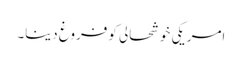
امریکی خوشحالی کو فروغ دینا۔